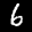
Label: 6